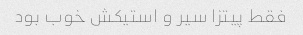
فقط پیتزا سیر و استیکش خوب بود